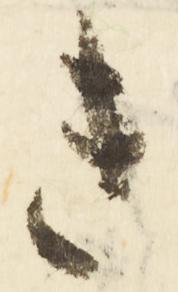
き